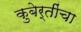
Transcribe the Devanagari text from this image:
कुबेर्तींचा